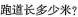
跑道长多少米?